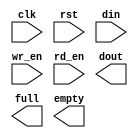
module fifo (
  clk,
  rst,
  din,
  wr_en,
  rd_en,
  dout,
  full,
  empty
);

  input clk;
  input rst;
  input [7 : 0] din;
  input wr_en;
  input rd_en;
  output [7 : 0] dout;
  output full;
  output empty;

  // WARNING: This file provides a module declaration only, it does not support
  //          direct instantiation. Please use an instantiation template (VEO) to
  //          instantiate the IP within a design.

endmodule